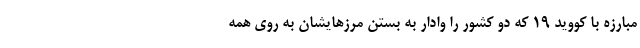
مبارزه با کووید 19 که دو کشور را وادار به بستن مرزهایشان به روی همه